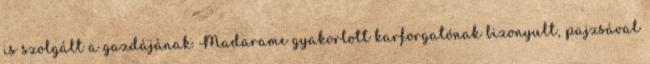
is szolgált a gazdájának. Madarame gyakorlott karforgatónak bizonyult, pajzsával